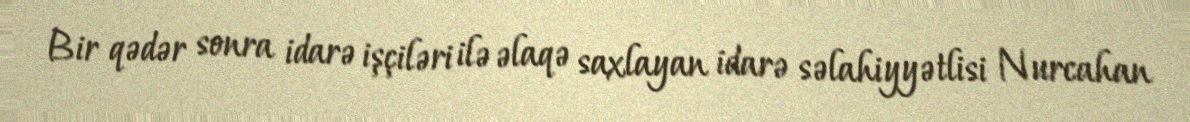
Bir qədər sonra idarə işçiləri ilə əlaqə saxlayan idarə səlahiyyətlisi Nurcahan